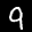
Label: 9